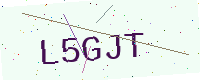
Text: L5GJT